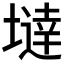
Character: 𡐿